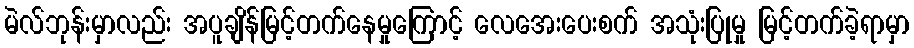
မဲလ်ဘုန်းမှာလည်း အပူချိန်မြင့်တက်နေမှုကြောင့် လေအေးပေးစက် အသုံးပြုမှု မြင့်တက်ခဲ့ရာမှာ